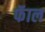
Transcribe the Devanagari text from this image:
फॅाल